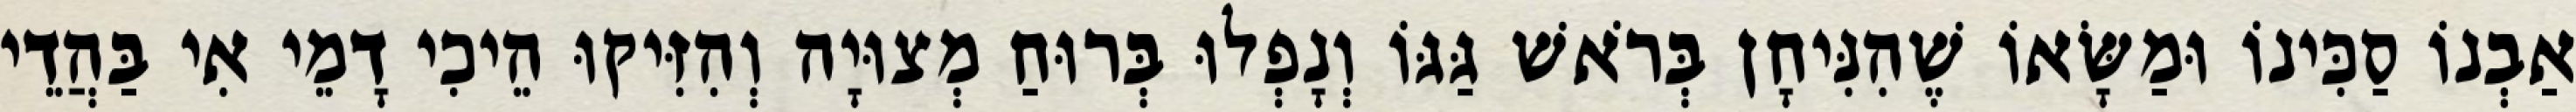
אַבְנוֹ סַכִּינוֹ וּמַשָּׂאוֹ שֶׁהִנִּיחָן בְּרֹאשׁ גַּגּוֹ וְנָפְלוּ בְּרוּחַ מְצוּיָה וְהִזִּיקוּ הֵיכִי דָמֵי אִי בַּהֲדֵי